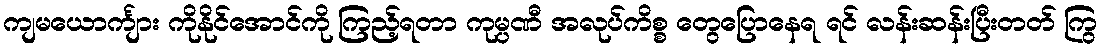
ကျမယောင်္ကျား ကိုနိုင်အောင်ကို ကြည့်ရတာ ကုမ္ပဏီ အလုပ်ကိစ္စ တွေပြောနေရ ရင် လန်းဆန်းပြီးတတ် ကြွ